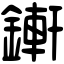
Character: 𨪚